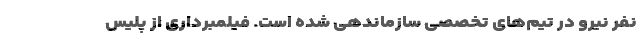
نفر نیرو در تیم‌های تخصصی سازماندهی شده است. فیلمبرداری از پلیسِ